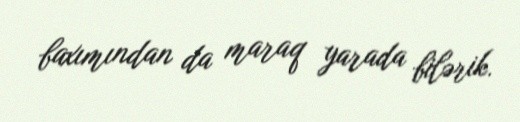
baxımından da maraq yarada bilərik.